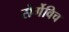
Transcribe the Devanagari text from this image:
सेर्गेविच